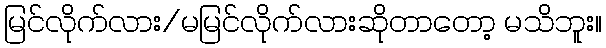
မြင်လိုက်လား/မမြင်လိုက်လားဆိုတာတော့ မသိဘူး။